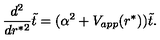
{ \frac { d ^ { 2 } } { d r ^ { * 2 } } } \tilde { t } = ( \alpha ^ { 2 } + V _ { a p p } ( r ^ { * } ) ) \tilde { t } .